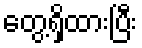
တွေ့ရှိထားပြီး